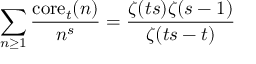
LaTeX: \sum _ { n \geq 1 } { \frac { \mathrm { c o r e } _ { t } ( n ) } { n ^ { s } } } = { \frac { \zeta ( t s ) \zeta ( s - 1 ) } { \zeta ( t s - t ) } }